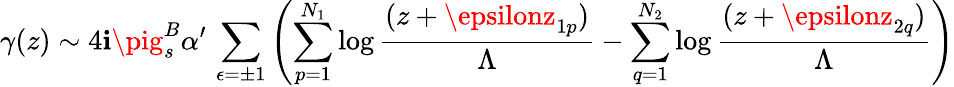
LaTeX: \gamma(z)\sim4\mathbf{i}\pig_{s}^{B}\alpha^{\prime}\, \sum_{\epsilon=\pm1}\left(\sum_{p=1}^{N_{1}}\log\frac{{(z+\epsilonz_{1p})}}{{\Lambda}}-\sum_{q=1}^{N_{2}}\log\frac{{(z+\epsilonz_{2q})}}{{\Lambda}}\right)